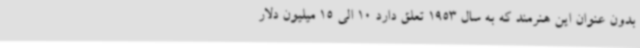
بدون عنوان این هنرمند که به سال 1953 تعلق دارد 10 الی 15 میلیون دلار